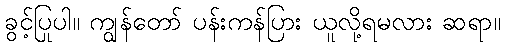
ခွင့်ပြုပါ။ ကျွန်တော် ပန်းကန်ပြား ယူလို့ရမလား ဆရာ။